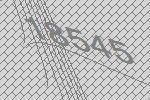
18545